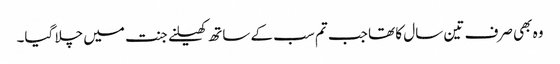
وہ بھی صرف تین سال کا تھا جب تم سب کے ساتھ کھیلنے جنت میں چلا گیا۔